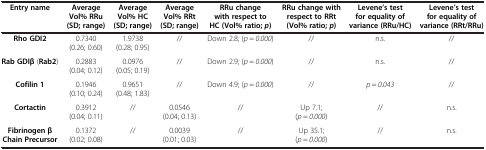
<table><thead><tr><td><b>Entry name</b></td><td><b>Average Vol% RRu (SD; range)</b></td><td><b>Average Vol% HC (SD; range)</b></td><td><b>Average Vol% RRt (SD; range)</b></td><td><b>RRu change with respect to HC (Vol% ratio; <i>p </i>)</b></td><td><b>RRu change with respect to RRt (Vol% ratio; <i>p </i>)</b></td><td><b>Levene’s test for equality of variance (RRu/HC)</b></td><td><b>Levene’s test for equality of variance (RRt/RRu)</b></td></tr></thead><tbody><tr><td><b>Rho GDI2</b></td><td>0.7340 (0.26; 0.60)</td><td>1.9738 (0.28; 0.95)</td><td>//</td><td>Down 2.8; (<i>p</i> = <i>0</i>.<i>000</i>)</td><td>//</td><td>n.s.</td><td>//</td></tr><tr><td><b>Rab GDIβ</b> (<b>Rab2</b>)</td><td>0.2883 (0.04; 0.12)</td><td>0.0976 (0.05; 0.19)</td><td>//</td><td>Down 2.9; (<i>p</i> = <i>0</i>.<i>000</i>)</td><td>//</td><td>n.s.</td><td>//</td></tr><tr><td><b>Cofilin 1</b></td><td>0.1946 (0.10; 0.24)</td><td>0.9651 (0.48; 1.83)</td><td>//</td><td>Down 4.9; (<i>p</i> = <i>0</i>.<i>000</i>)</td><td>//</td><td><i>p</i> = <i>0</i>.<i>043</i></td><td>//</td></tr><tr><td><b>Cortactin</b></td><td>0.3912 (0.04; 0.11)</td><td>//</td><td>0.0546 (0.04; 0.13)</td><td>//</td><td>Up 7.1; (<i>p</i> = <i>0</i>.<i>000</i>)</td><td>//</td><td>n.s.</td></tr><tr><td><b>Fibrinogen β Chain Precursor</b></td><td>0.1372 (0.02; 0.08)</td><td>//</td><td>0.0039 (0.01; 0.03)</td><td>//</td><td>Up 35.1; (<i>p</i> = <i>0</i>.<i>000</i>)</td><td>//</td><td>n.s.</td></tr></tbody></table>